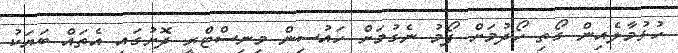
ހުޅުމާލެއިން ގޯތި ހޯދުމަށް ފޯމު ނެގުމަށް ހައުސިން މިނިސްޓްރީ ދޮށުގައި އެތައް ބަޔަކު